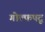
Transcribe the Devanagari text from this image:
गोल्फपटू